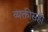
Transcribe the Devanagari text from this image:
व्यक्तीसही